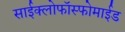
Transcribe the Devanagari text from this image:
साईक्लोफॉस्फोमाईड